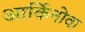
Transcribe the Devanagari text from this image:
आर्किनोवा